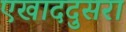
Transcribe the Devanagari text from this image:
एखाददुसरा